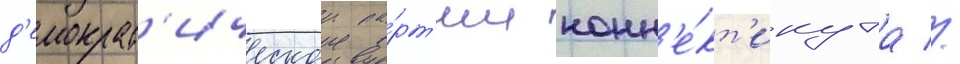
д'емократ'ическои па́рт'ии конн'е́кт'икута //